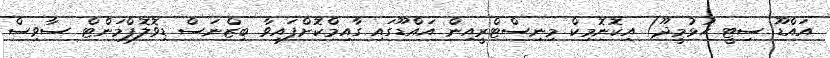
އައްޑޫ ސިޓީ ހުޅުމީދޫ) އިކޮނޮމިކް މިނިސްޓްރީއިން އައްޑޫގައި ގާއިމްކޮށްފައިވާ ބިޒްނަސް ޑިވޮލޮޕްމަންޓް ސާވިސް